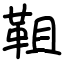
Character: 靻